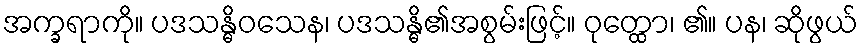
အက္ခရာကို။ ပဒသန္ဓိဝသေန၊ ပဒသန္ဓိ၏အစွမ်းဖြင့်။ ဝုတ္ထော၊ ၏။ ပန၊ ဆိုဖွယ်